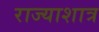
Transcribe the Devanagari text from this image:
राज्याशात्र